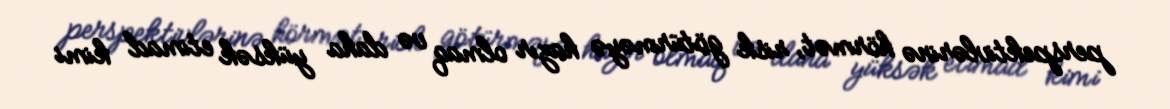
perspektivlərinə hörmət, risk götürməyə hazır olmaq və daha yüksək etimad kimi